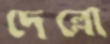
দেল্লো